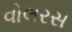
વોલરસ